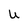
Character: U